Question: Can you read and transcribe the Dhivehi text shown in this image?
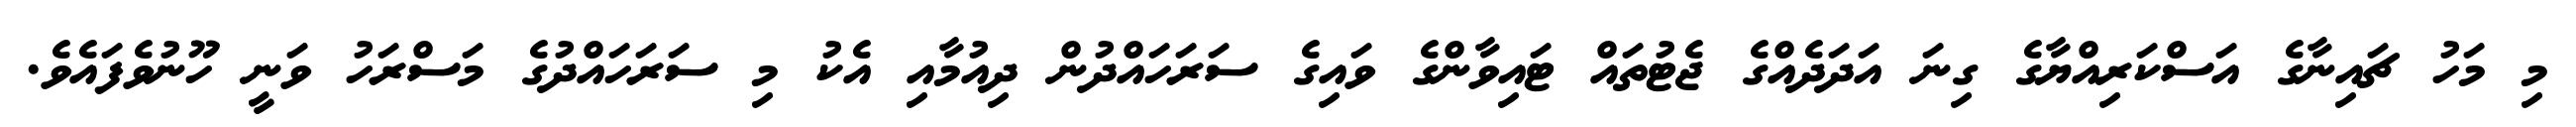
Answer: މި މަހު ޗައިނާގެ އަސްކަރިއްޔާގެ ގިނަ އަދަދެއްގެ ޖެޓުތައް ޓައިވާންގެ ވައިގެ ސަރަހައްދުން ދިއުމާއި އެކު މި ސަރަހައްދުގެ މަސްރަހު ވަނީ ހޫނުވެފައެވެ.